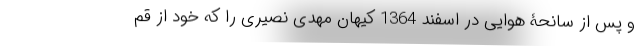
و پس از سانحۀ هوایی در اسفند 1364 کیهان مهدی نصیری را که خود از قم